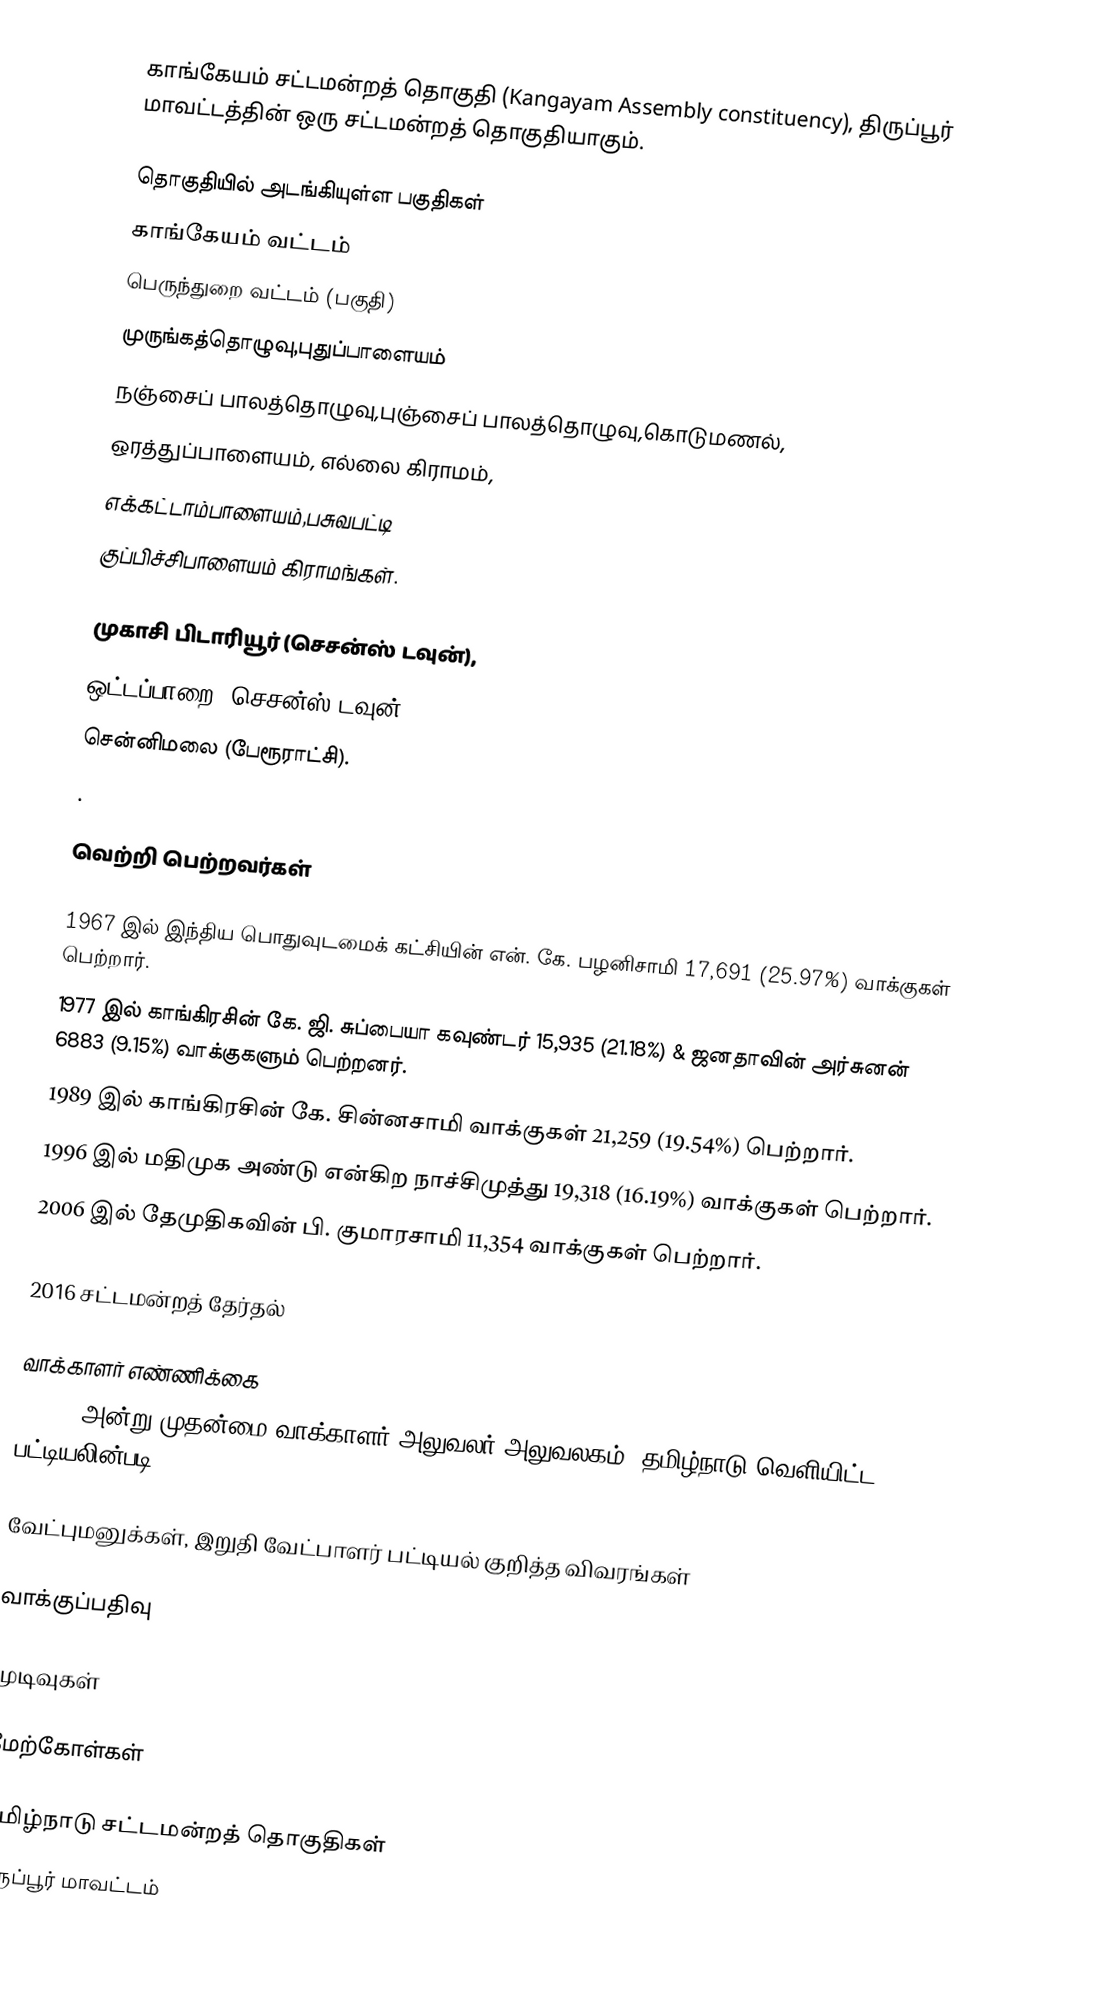
காங்கேயம் சட்டமன்றத் தொகுதி (Kangayam Assembly constituency), திருப்பூர் மாவட்டத்தின் ஒரு சட்டமன்றத் தொகுதியாகும்.

தொகுதியில் அடங்கியுள்ள பகுதிகள்
 காங்கேயம் வட்டம்
 பெருந்துறை வட்டம் (பகுதி)
முருங்கத்தொழுவு,புதுப்பாளையம்
நஞ்சைப் பாலத்தொழுவு,புஞ்சைப் பாலத்தொழுவு,கொடுமணல்,
ஒரத்துப்பாளையம், எல்லை கிராமம்,
எக்கட்டாம்பாளையம்,பசுவபட்டி
குப்பிச்சிபாளையம் கிராமங்கள்.

முகாசி பிடாரியூர் (செசன்ஸ் டவுன்),
ஒட்டப்பாறை (செசன்ஸ் டவுன்),
சென்னிமலை (பேரூராட்சி).
.

வெற்றி பெற்றவர்கள்

1967 இல் இந்திய பொதுவுடமைக் கட்சியின் என். கே. பழனிசாமி 17,691 (25.97%) வாக்குகள் பெற்றார்.
1977 இல் காங்கிரசின் கே. ஜி. சுப்பையா கவுண்டர் 15,935 (21.18%) & ஜனதாவின் அர்சுனன் 6883 (9.15%) வாக்குகளும் பெற்றனர்.
1989 இல் காங்கிரசின் கே. சின்னசாமி  வாக்குகள் 21,259 (19.54%) பெற்றார்.
1996 இல் மதிமுக  அண்டு என்கிற நாச்சிமுத்து 19,318 (16.19%) வாக்குகள் பெற்றார்.
2006 இல் தேமுதிகவின் பி. குமாரசாமி 11,354 வாக்குகள் பெற்றார்.

2016 சட்டமன்றத் தேர்தல்

வாக்காளர் எண்ணிக்கை
, 2016 அன்று முதன்மை வாக்காளர் அலுவலர் அலுவலகம், தமிழ்நாடு வெளியிட்ட பட்டியலின்படி,

வேட்புமனுக்கள், இறுதி வேட்பாளர் பட்டியல் குறித்த விவரங்கள்

வாக்குப்பதிவு

முடிவுகள்

மேற்கோள்கள்

தமிழ்நாடு சட்டமன்றத் தொகுதிகள்
திருப்பூர் மாவட்டம்